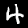
Label: 4